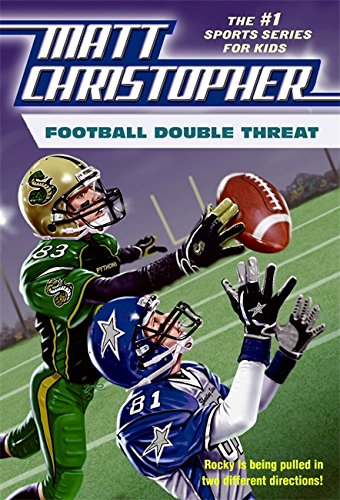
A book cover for Football Double Threat (Matt Christopher Sports Fiction); Matt Christopher; Children's Books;